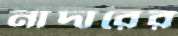
নাদারের